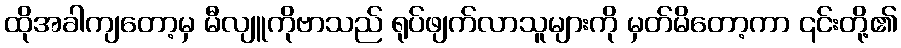
ထိုအခါကျတော့မှ မီလျူကိုဗာသည် ရုပ်ဖျက်လာသူများကို မှတ်မိတော့ကာ ၎င်းတို့၏